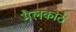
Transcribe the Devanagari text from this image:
मैलकोठे